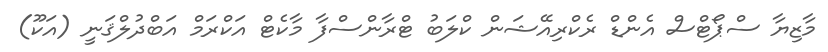
މާޒިޔާ ސްޕޯޓްސް އެންޑް ރެކްރިއޭޝަން ކްލަބު ޓްރާންސްފާ މާކެޓް އަކްރަމް އަބްދުލްޤަނީ (އަކޫ)